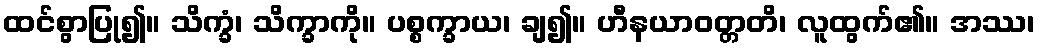
ထင်စွာပြု၍။ သိက္ခံ၊ သိက္ခာကို။ ပစ္စက္ခာယ၊ ချ၍။ ဟီနယာဝတ္တတိ၊ လူထွက်၏။ အဿ၊